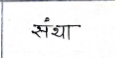
मजकूर: संथा